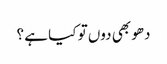
دھو بھی دوں تو کیا ہے ؟